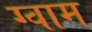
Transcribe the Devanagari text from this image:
ग्वाम